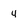
Character: 4